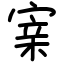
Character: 𡩁